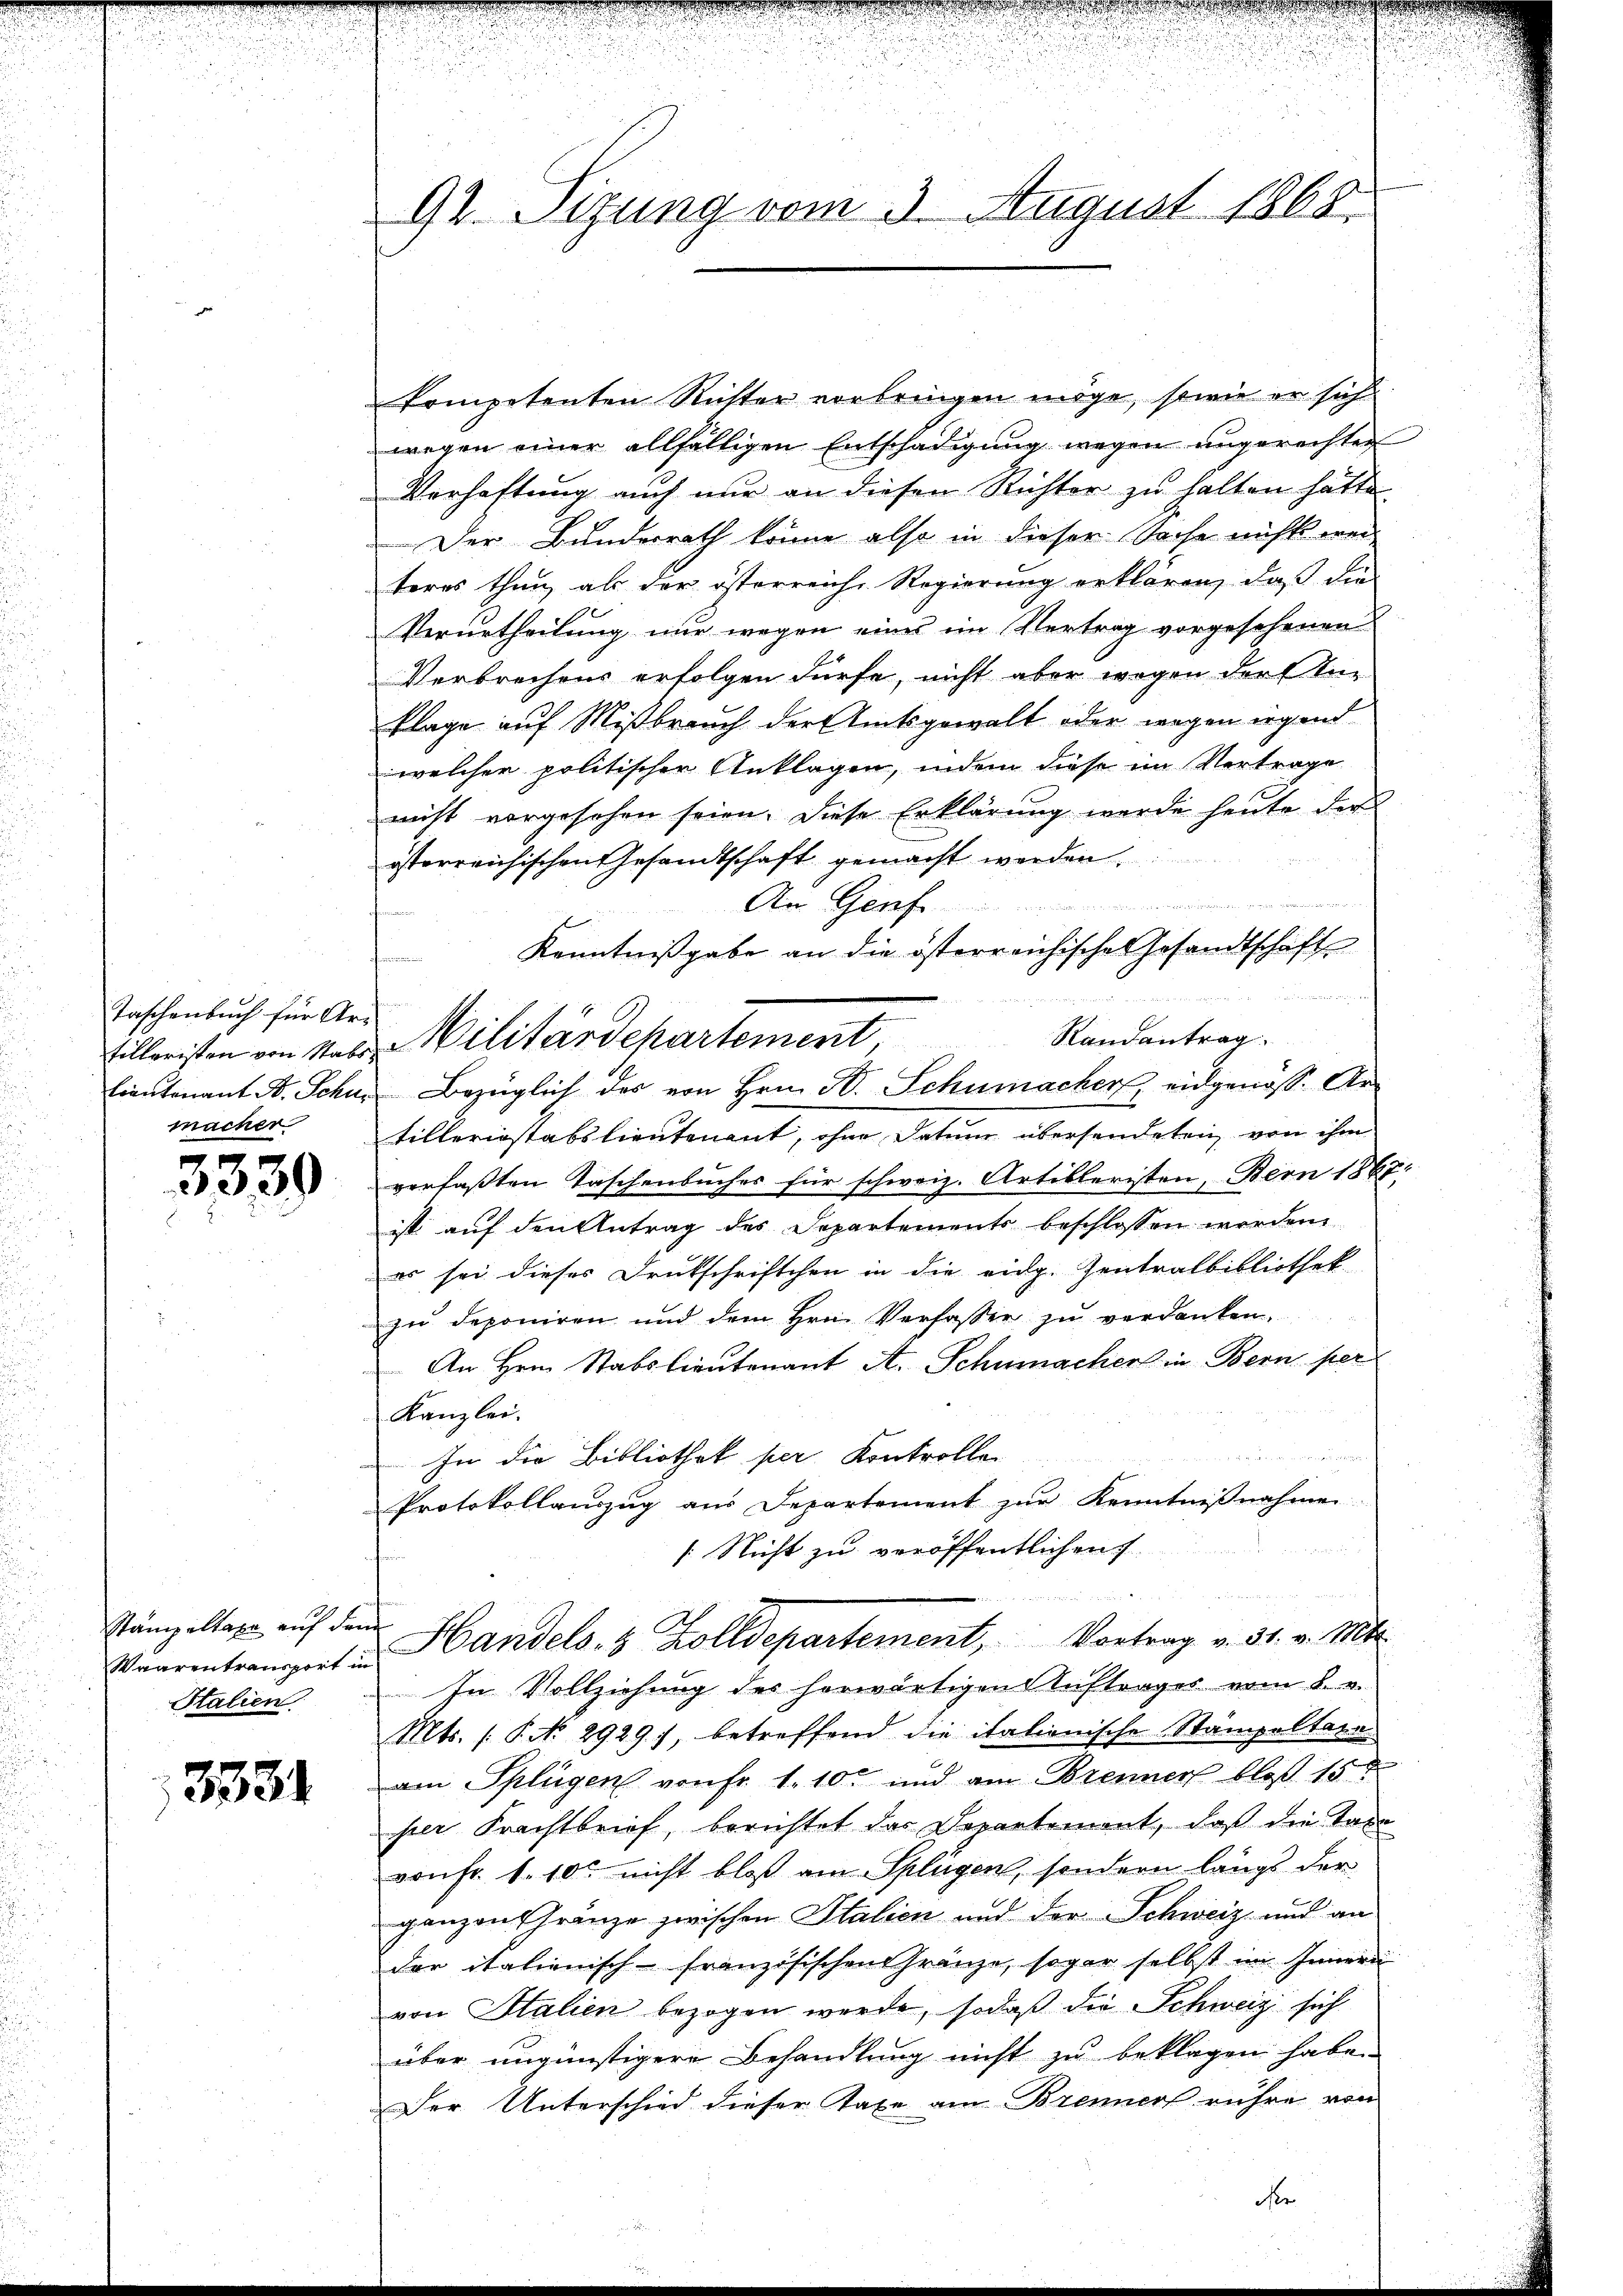
Taschenbuch für Ar-
macher

3539

Stämpeltaxe auf den

3334

92. Sitzung vom 3. August 1868.

kompetenten Richter vorbringen möge, sowie er sich
wegen einer allfälligen Entschädigung wegen angerechten
Verhaftung auch nur an diesen Richter zu halten hätte
Der Bundesrath könne also in dieser Sache nichts wei
teres thun, als der österreiche Regierung erklären, daβ die
Verurtheilung nur wegen eines im Vertrag vorgesehenen
Verbrechens erfolgen dürfe, nicht aber wegen der Unklage auf Mißbrauch der Amtsgewalt oder wegen irgend
welcher politischer Anklagen, indem diese im Vertrage
nicht vorgesehen seien. Diese Erklärung werde heute der
österreichischen Gesandtschaft gemacht werden.
An Genf
Kenntnißgabe an die österreichische Gesandtschaft
Randantrag.
tillerinstabslieutenant, ohne Datum übersendeten, von ihm
verfaßten Taschenbuches für schweiz. Artibleristen, Bern 1867.
ist auf den Antrag des Departements beschlossen werden
es sei dieses Druckschriftchen in die eidg. Zentralbibliothek
zu deponiren und dem Hrn. Verfasser zu verdanken.
An Hrn. Stabslieutenant A. Schumacher in Bern per
Kanzlei.
u
In die Bibliothek per Kontrollen
Protokollauszug aus Departement zur Kenntnißnahme
[: Nicht zu veröffentlichen

Verrentrangirt u. Sandels- & Zolldepartement, Vortrag v. 31. v. Mts.
Italien  In Vollziehung der herwärtigen Auftrages vom 8. u.
Mts. (§. No. 2929), betreffend die itationische Stämpoltatu
am Splügen von Fr. 1. 10. und am Brenner bloß 15
per Frachtbrief, berichtet das Departement, daß die Tode
von Fr. 1.10. nicht bloß am Splügen, sondern längs der
ganzen Gränze zwischen Italien und der Schweiz und an
der italienisch-französischen Gränze, sogar selbst im Innern
von Italien bezogen werde, sodaß die Schweiz sich
über ungünstigere Behandlung nicht zu beklagen habe.
Der Unterschied dieser Taxe am Brenners rühre von

Eilleristen von Norden Militärdepartement,

Lieutenant A. Schw. Bezüglich des von Hrn. F. Schumacher eidgenöss. Ar¬